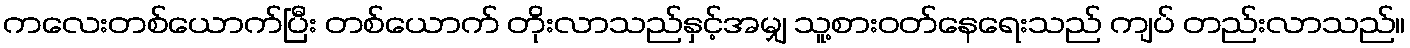
ကလေးတစ်ယောက်ပြီး တစ်ယောက် တိုးလာသည်နှင့်အမျှ သူ့စားဝတ်နေရေးသည် ကျပ် တည်းလာသည်။